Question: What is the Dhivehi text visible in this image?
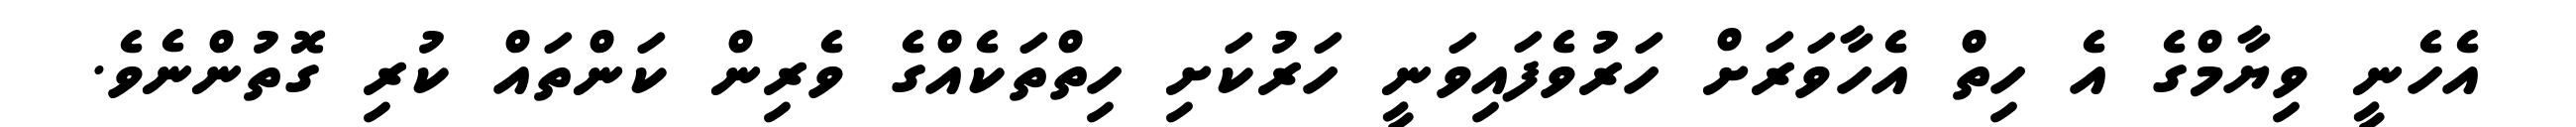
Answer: އެހެނީ ވިޔާމްގެ އެ ހިތް އެހާވަރަށް ހަރުވެފައިވަނީ ހަރުކަށި ހިތްތަކެއްގެ ވެރިން ކަންތައް ކުރި ގޮތުންނެވެ.